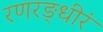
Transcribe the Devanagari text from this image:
रणरङ्धीरं